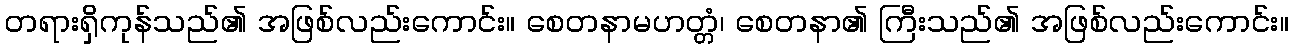
တရားရှိကုန်သည်၏ အဖြစ်လည်းကောင်း။ စေတနာမဟတ္တံ၊ စေတနာ၏ ကြီးသည်၏ အဖြစ်လည်းကောင်း။